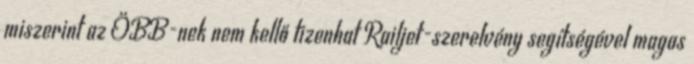
miszerint az ÖBB-nek nem kellő tizenhat Railjet-szerelvény segítségével magas